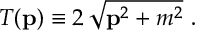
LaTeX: T ( { \bf p } ) \equiv 2 \, \sqrt { { \bf p } ^ { 2 } + m ^ { 2 } } \ .